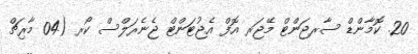
20. ކޮމާންޑް ސާރޖަންޓް މޭޖަރ އޮފް އެޖުޓަންޓް ޖެނެރަލްސް ކޯރ (04 މާރިޗް